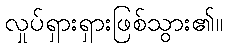
လှုပ်ရှားရှားဖြစ်သွား၏။